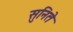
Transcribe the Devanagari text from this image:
सुनिते